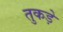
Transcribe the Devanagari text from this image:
तुकड़े